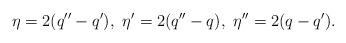
LaTeX: \begin{align*}\eta = 2(q'' - q'),\ \eta' = 2(q'' - q),\ \eta'' = 2(q - q').\end{align*}